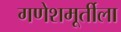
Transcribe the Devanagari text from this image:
गणेशमूर्तीला